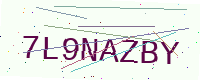
Text: 7L9NAZBY